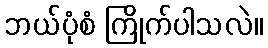
ဘယ်ပုံစံ ကြိုက်ပါသလဲ။